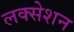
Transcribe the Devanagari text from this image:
लक्सेशन